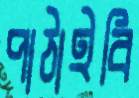
পাঠাইবি